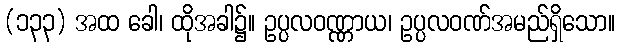
(၁၃၃) အထ ခေါ၊ ထိုအခါ၌။ ဥပ္ပလဝဏ္ဏာယ၊ ဥပ္ပလဝဏ်အမည်ရှိသော။